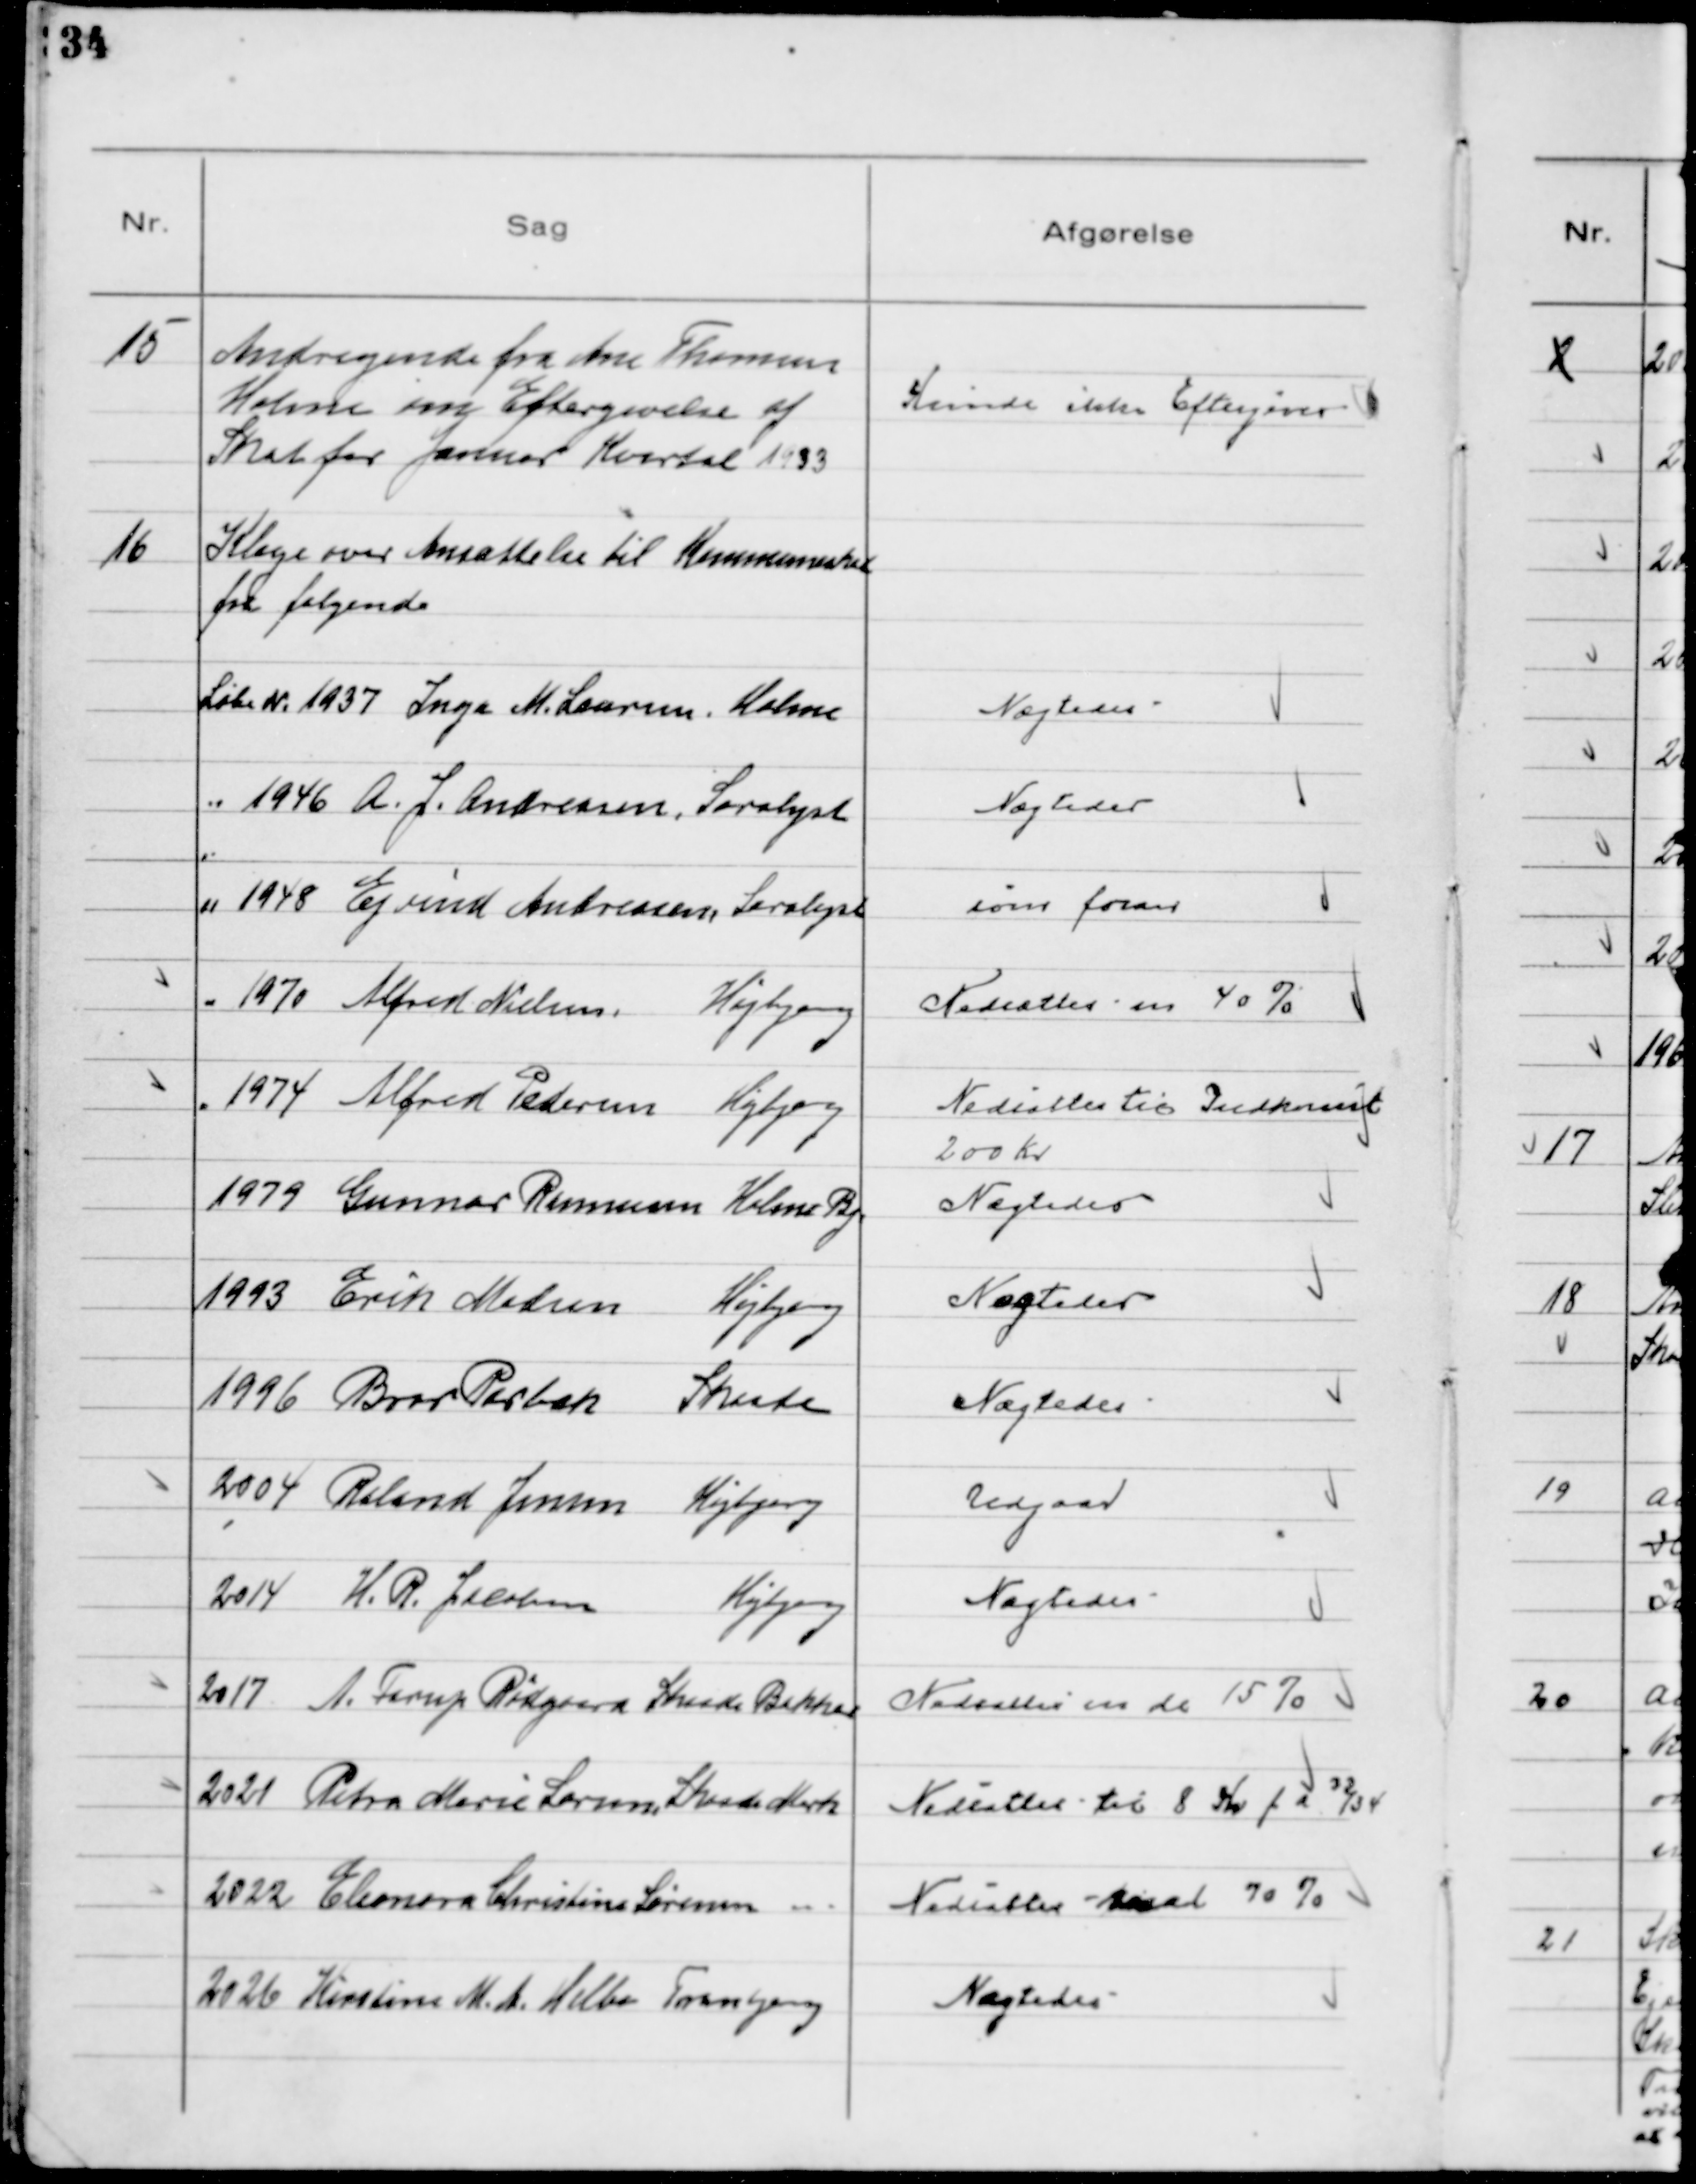
Transskription:
15
Andragende fra Ane Thomsen
Holme om Eftergivelse af
Skat for Januar Kvartal 1933

Kunde ikke Eftergives

16
Klage over Ansættelse til Kommuneskat
fra følgende
Løbe №1937 Inga M. Laursen, Holme

Nægtedes

〃1946 A. J. Andreasen, Saralyst

Nægtedes

〃1948 Ejvind Andreasen, Saralyst

som foran

〃1970 Alfred Nielsen, Højbjerg

Nedsattes m 40%

〃1974 Alfred Pedersen Højbjerg

Nedsattes til Indkomst
200 Kr

1979 Gunnar Rasmussen Holme By

Nægtedes

1993 Erik Madsen Højbjerg

Nægtedes

1996 Bror Rarbak Skaade

Nægtedes

2004 Roland Jensen Højbjerg

Udgaar

2014 H. R. Jacobsen Højbjerg

Nægtedes

2017 A. Farup Rødgaard Skaade Bakker

Nedsattes m de 15%

2021 Petra Marie Larsen, Skaade Mark

Nedsattes til 8 Kr f a 32/34

2022 Eleonora Christine Sørensen 〃

Nedsattes med 70%

2026 Kirstine M. A. Helbo Tranbjerg

Nægtedes